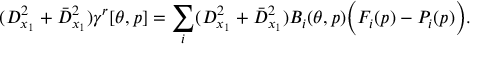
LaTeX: ( D _ { x _ { 1 } } ^ { 2 } + \bar { D } _ { x _ { 1 } } ^ { 2 } ) \gamma ^ { r } [ \theta , p ] = \sum _ { i } ( D _ { x _ { 1 } } ^ { 2 } + \bar { D } _ { x _ { 1 } } ^ { 2 } ) B _ { i } ( \theta , p ) \Big ( F _ { i } ( p ) - P _ { i } ( p ) \Big ) .